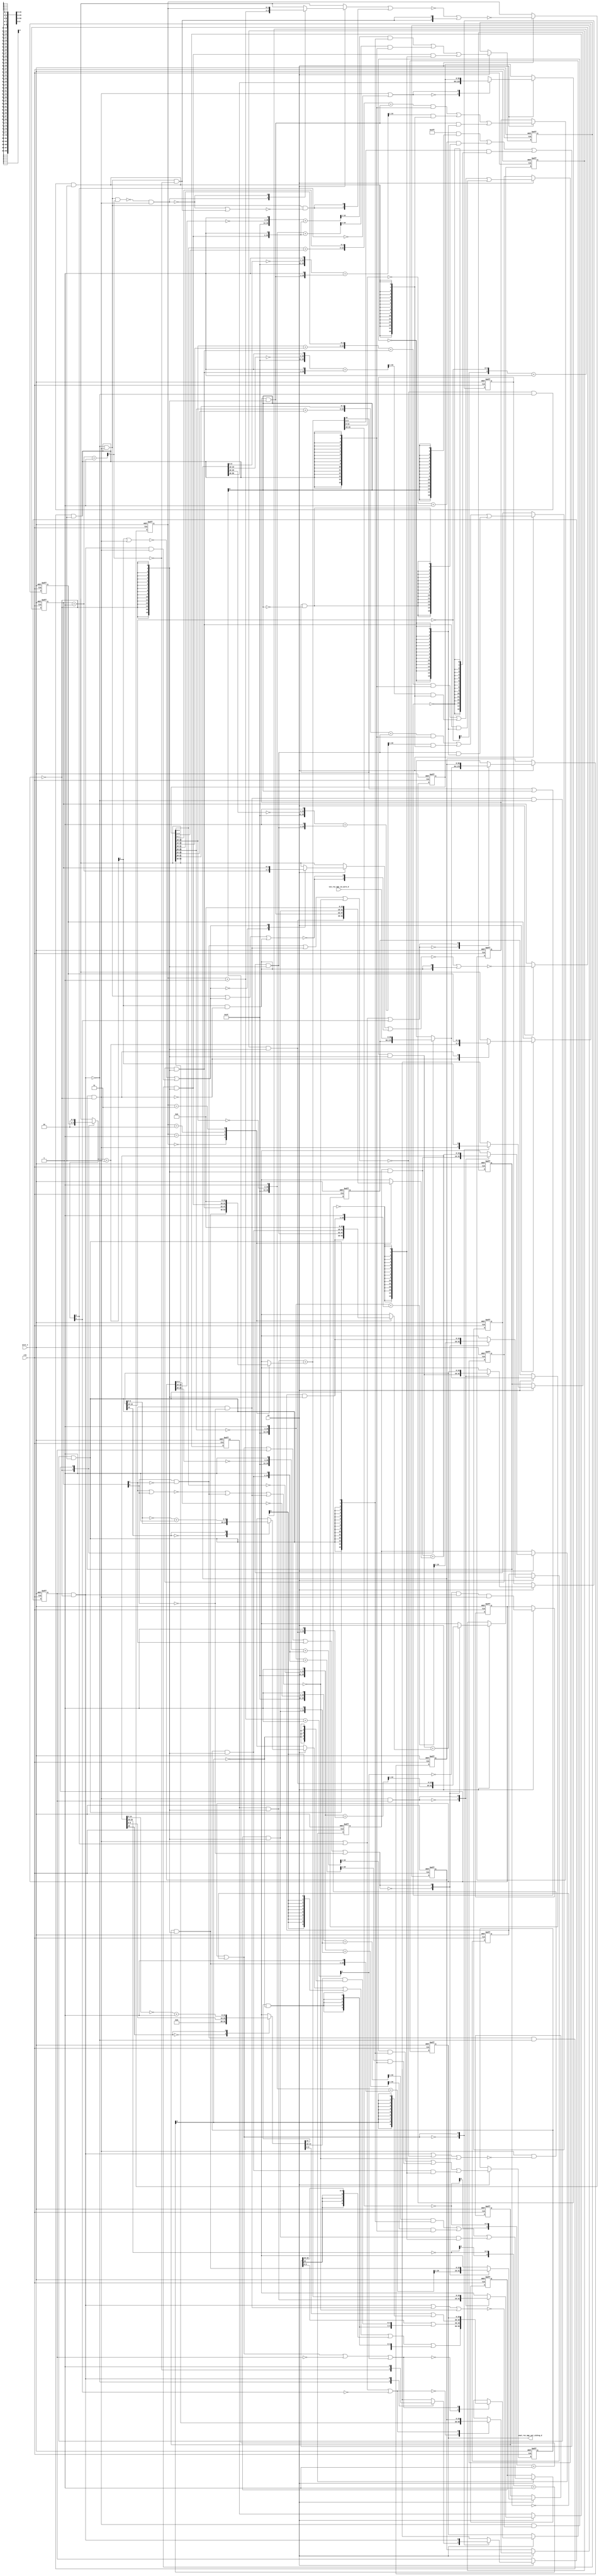
module sharpen1_core (
  clk, en, arst_n, vin_rsc_mgc_in_wire_d, vout_rsc_mgc_out_stdreg_d
);
  input clk;
  input en;
  input arst_n;
  input [89:0] vin_rsc_mgc_in_wire_d;
  output [29:0] vout_rsc_mgc_out_stdreg_d;
  reg [29:0] vout_rsc_mgc_out_stdreg_d;


  // Interconnect Declarations
  wire [15:0] ACC2_acc_3_tmp;
  wire [16:0] nl_ACC2_acc_3_tmp;
  wire [1:0] SHIFT_mux_13_tmp;
  wire or_dcpl_1;
  wire and_dcpl;
  reg [15:0] red_lpi_1;
  reg [15:0] green_lpi_1;
  reg [15:0] blue_lpi_1;
  reg [15:0] b_1_lpi_1;
  reg [15:0] b_0_lpi_1;
  reg [15:0] b_2_lpi_1;
  reg [15:0] g_1_lpi_1;
  reg [15:0] g_0_lpi_1;
  reg [15:0] g_2_lpi_1;
  reg [15:0] r_1_lpi_1;
  reg [15:0] r_0_lpi_1;
  reg [15:0] r_2_lpi_1;
  reg exit_ACC1_lpi_1;
  reg exit_SHIFT_lpi_1;
  reg [1:0] i_3_lpi_1;
  reg [1:0] i_4_lpi_1;
  reg [89:0] regs_regs_0_sva;
  reg exit_ACC2_sva;
  reg [89:0] regs_operator_din_lpi_1_dfm;
  reg [1:0] SHIFT_i_1_lpi_3;
  reg [59:0] regs_regs_1_sva_sg1;
  reg [29:0] regs_regs_2_sva_sg1;
  wire and_2_cse;
  wire [15:0] green_lpi_1_dfm_1;
  wire [15:0] g_2_lpi_1_dfm_1;
  wire [15:0] g_1_lpi_1_dfm_1;
  wire [15:0] g_0_lpi_1_dfm_1;
  wire [15:0] red_lpi_1_dfm_1;
  wire [15:0] r_2_lpi_1_dfm_1;
  wire [15:0] r_1_lpi_1_dfm_1;
  wire [15:0] r_0_lpi_1_dfm_1;
  wire SHIFT_and_20_cse_1;
  wire [15:0] red_sva_2;
  wire [16:0] nl_red_sva_2;
  wire [15:0] green_sva_2;
  wire [16:0] nl_green_sva_2;
  wire [1:0] i_4_sva;
  wire [2:0] nl_i_4_sva;
  wire exit_SHIFT_lpi_1_dfm;
  wire [1:0] SHIFT_acc_1_psp;
  wire [2:0] nl_SHIFT_acc_1_psp;
  wire or_14_cse;
  wire or_dcpl;
  wire and_dcpl_11;
  wire or_dcpl_28;
  wire and_dcpl_13;
  wire [1:0] i_3_sva;
  wire [2:0] nl_i_3_sva;
  wire exit_ACC1_lpi_1_dfm;
  wire [1:0] ACC2_acc_itm;
  wire [2:0] nl_ACC2_acc_itm;
  wire [1:0] ACC1_acc_itm;
  wire [2:0] nl_ACC1_acc_itm;
  wire [15:0] AbsAndMax_AbsAndMax_return_1_lpi_1_dfm_mx0;
  wire [15:0] AbsAndMax_AbsAndMax_return_2_lpi_1_dfm_1;
  wire AbsAndMax_1_and_seb;
  wire [15:0] blue_lpi_1_dfm;
  wire [15:0] b_2_lpi_1_dfm;
  wire [15:0] b_1_lpi_1_dfm;
  wire [15:0] b_0_lpi_1_dfm;
  wire SHIFT_nand_7_cse;
  wire SHIFT_and_22_cse;
  wire ACC1_and_10_cse;
  wire SHIFT_nand_6_cse;
  wire ACC1_and_7_cse;
  wire equal_tmp_1;
  wire nor_dfs;
  wire nor_tmp;
  wire equal_tmp;
  wire [89:0] regs_operator_din_lpi_1_dfm_mx0;
  wire [6:0] AbsAndMax_1_if_acc_itm;
  wire [7:0] nl_AbsAndMax_1_if_acc_itm;
  wire [6:0] AbsAndMax_2_if_acc_itm;
  wire [7:0] nl_AbsAndMax_2_if_acc_itm;

  wire[15:0] ACC2_mux_nl;
  wire[15:0] ACC2_mux_4_nl;
  wire[15:0] ACC2_mux_3_nl;
  wire[1:0] mux_2_nl;

  // Interconnect Declarations for Component Instantiations 
  assign or_14_cse = or_dcpl_1 | exit_ACC1_lpi_1 | (i_4_lpi_1[1]) | (~ (i_4_lpi_1[0]));
  assign ACC2_mux_nl = MUX_v_16_4_2({r_0_lpi_1_dfm_1 , r_1_lpi_1_dfm_1 , r_2_lpi_1_dfm_1
      , 16'b0}, i_3_lpi_1);
  assign nl_red_sva_2 = red_lpi_1_dfm_1 + (ACC2_mux_nl);
  assign red_sva_2 = nl_red_sva_2[15:0];
  assign AbsAndMax_AbsAndMax_return_1_lpi_1_dfm_mx0 = MUX_v_16_2_2({({6'b0 , (ACC2_acc_3_tmp[9:0])})
      , (conv_u2u_15_16(~ (ACC2_acc_3_tmp[14:0])) + 16'b1)}, ACC2_acc_3_tmp[15]);
  assign ACC2_mux_4_nl = MUX_v_16_4_2({b_0_lpi_1_dfm , b_1_lpi_1_dfm , b_2_lpi_1_dfm
      , 16'b0}, i_3_lpi_1);
  assign nl_ACC2_acc_3_tmp = blue_lpi_1_dfm + (ACC2_mux_4_nl);
  assign ACC2_acc_3_tmp = nl_ACC2_acc_3_tmp[15:0];
  assign ACC2_mux_3_nl = MUX_v_16_4_2({g_0_lpi_1_dfm_1 , g_1_lpi_1_dfm_1 , g_2_lpi_1_dfm_1
      , 16'b0}, i_3_lpi_1);
  assign nl_green_sva_2 = green_lpi_1_dfm_1 + (ACC2_mux_3_nl);
  assign green_sva_2 = nl_green_sva_2[15:0];
  assign AbsAndMax_AbsAndMax_return_2_lpi_1_dfm_1 = MUX1HOT_v_16_3_2({({6'b0 , (green_sva_2[9:0])})
      , (conv_u2u_15_16(~ (green_sva_2[14:0])) + 16'b1) , 16'b1111111111}, {(~((green_sva_2[15])
      | (AbsAndMax_2_if_acc_itm[6]))) , ((green_sva_2[15]) & (~ (AbsAndMax_2_if_acc_itm[6])))
      , (AbsAndMax_2_if_acc_itm[6])});
  assign AbsAndMax_1_and_seb = (AbsAndMax_AbsAndMax_return_1_lpi_1_dfm_mx0[15]) &
      (~ (AbsAndMax_1_if_acc_itm[6]));
  assign nl_AbsAndMax_1_if_acc_itm = conv_s2u_6_7(~ (ACC2_acc_3_tmp[15:10])) + 7'b1;
  assign AbsAndMax_1_if_acc_itm = nl_AbsAndMax_1_if_acc_itm[6:0];
  assign nl_AbsAndMax_2_if_acc_itm = conv_s2u_6_7(~ (green_sva_2[15:10])) + 7'b1;
  assign AbsAndMax_2_if_acc_itm = nl_AbsAndMax_2_if_acc_itm[6:0];
  assign nl_ACC2_acc_itm = i_3_sva + 2'b1;
  assign ACC2_acc_itm = nl_ACC2_acc_itm[1:0];
  assign nl_i_3_sva = i_3_lpi_1 + 2'b1;
  assign i_3_sva = nl_i_3_sva[1:0];
  assign blue_lpi_1_dfm = blue_lpi_1 & (signext_16_1(~ exit_ACC2_sva));
  assign b_2_lpi_1_dfm = b_2_lpi_1 & (signext_16_1(~ exit_ACC2_sva));
  assign b_1_lpi_1_dfm = b_1_lpi_1 & (signext_16_1(~ exit_ACC2_sva));
  assign b_0_lpi_1_dfm = b_0_lpi_1 & (signext_16_1(~ exit_ACC2_sva));
  assign green_lpi_1_dfm_1 = green_lpi_1 & (signext_16_1(~ exit_ACC2_sva));
  assign g_2_lpi_1_dfm_1 = g_2_lpi_1 & (signext_16_1(~ exit_ACC2_sva));
  assign g_1_lpi_1_dfm_1 = g_1_lpi_1 & (signext_16_1(~ exit_ACC2_sva));
  assign g_0_lpi_1_dfm_1 = g_0_lpi_1 & (signext_16_1(~ exit_ACC2_sva));
  assign red_lpi_1_dfm_1 = red_lpi_1 & (signext_16_1(~ exit_ACC2_sva));
  assign r_2_lpi_1_dfm_1 = r_2_lpi_1 & (signext_16_1(~ exit_ACC2_sva));
  assign r_1_lpi_1_dfm_1 = r_1_lpi_1 & (signext_16_1(~ exit_ACC2_sva));
  assign r_0_lpi_1_dfm_1 = r_0_lpi_1 & (signext_16_1(~ exit_ACC2_sva));
  assign exit_ACC1_lpi_1_dfm = exit_ACC1_lpi_1 & (~ exit_ACC2_sva);
  assign exit_SHIFT_lpi_1_dfm = exit_SHIFT_lpi_1 & (~ exit_ACC2_sva);
  assign SHIFT_and_20_cse_1 = (~ exit_ACC1_lpi_1_dfm) & exit_SHIFT_lpi_1_dfm;
  assign SHIFT_nand_7_cse = ~(exit_SHIFT_lpi_1_dfm & (~(exit_ACC1_lpi_1_dfm | nor_dfs
      | nor_tmp)));
  assign SHIFT_and_22_cse = equal_tmp & (~ exit_ACC1_lpi_1_dfm) & exit_SHIFT_lpi_1_dfm;
  assign ACC1_and_10_cse = equal_tmp_1 & (~ exit_ACC1_lpi_1_dfm) & exit_SHIFT_lpi_1_dfm;
  assign SHIFT_nand_6_cse = ~(exit_SHIFT_lpi_1_dfm & (~(exit_ACC1_lpi_1_dfm | equal_tmp_1
      | nor_tmp)));
  assign ACC1_and_7_cse = nor_dfs & (~ exit_ACC1_lpi_1_dfm) & exit_SHIFT_lpi_1_dfm;
  assign equal_tmp_1 = (i_4_lpi_1[1]) & (~ (i_4_lpi_1[0]));
  assign nor_dfs = ~(equal_tmp | equal_tmp_1 | nor_tmp);
  assign nor_tmp = ~((~((i_4_lpi_1[1]) | (i_4_lpi_1[0]))) | equal_tmp | equal_tmp_1);
  assign equal_tmp = (i_4_lpi_1[0]) & (~ (i_4_lpi_1[1]));
  assign nl_ACC1_acc_itm = i_4_sva + 2'b1;
  assign ACC1_acc_itm = nl_ACC1_acc_itm[1:0];
  assign nl_i_4_sva = i_4_lpi_1 + 2'b1;
  assign i_4_sva = nl_i_4_sva[1:0];
  assign mux_2_nl = MUX_v_2_2_2({SHIFT_i_1_lpi_3 , 2'b10}, exit_ACC2_sva);
  assign nl_SHIFT_acc_1_psp = (mux_2_nl) + 2'b11;
  assign SHIFT_acc_1_psp = nl_SHIFT_acc_1_psp[1:0];
  assign regs_operator_din_lpi_1_dfm_mx0 = MUX_v_90_2_2({regs_operator_din_lpi_1_dfm
      , vin_rsc_mgc_in_wire_d}, exit_ACC2_sva);
  assign SHIFT_mux_13_tmp = MUX_v_2_2_2({SHIFT_i_1_lpi_3 , 2'b10}, exit_ACC2_sva);
  assign or_dcpl_1 = exit_ACC2_sva | (~ exit_SHIFT_lpi_1);
  assign and_dcpl = (~ exit_ACC2_sva) & exit_SHIFT_lpi_1;
  assign and_2_cse = and_dcpl & exit_ACC1_lpi_1;
  assign or_dcpl = ~((~(SHIFT_and_20_cse_1 & (ACC1_acc_itm[1]))) & exit_SHIFT_lpi_1_dfm);
  assign and_dcpl_11 = SHIFT_and_20_cse_1 & (~ (ACC1_acc_itm[1]));
  assign or_dcpl_28 = (~((SHIFT_acc_1_psp[1]) | exit_SHIFT_lpi_1_dfm)) | (exit_ACC1_lpi_1_dfm
      & exit_SHIFT_lpi_1_dfm);
  assign and_dcpl_13 = (SHIFT_acc_1_psp[1]) & (~ exit_SHIFT_lpi_1_dfm);
  always @(posedge clk or negedge arst_n) begin
    if ( ~ arst_n ) begin
      vout_rsc_mgc_out_stdreg_d <= 30'b0;
      i_3_lpi_1 <= 2'b0;
      i_4_lpi_1 <= 2'b0;
      exit_SHIFT_lpi_1 <= 1'b0;
      exit_ACC2_sva <= 1'b1;
      exit_ACC1_lpi_1 <= 1'b0;
      SHIFT_i_1_lpi_3 <= 2'b0;
      b_2_lpi_1 <= 16'b0;
      b_1_lpi_1 <= 16'b0;
      b_0_lpi_1 <= 16'b0;
      g_2_lpi_1 <= 16'b0;
      g_1_lpi_1 <= 16'b0;
      g_0_lpi_1 <= 16'b0;
      r_2_lpi_1 <= 16'b0;
      r_1_lpi_1 <= 16'b0;
      r_0_lpi_1 <= 16'b0;
      blue_lpi_1 <= 16'b0;
      green_lpi_1 <= 16'b0;
      red_lpi_1 <= 16'b0;
      regs_regs_0_sva <= 90'b0;
      regs_regs_1_sva_sg1 <= 60'b0;
      regs_regs_2_sva_sg1 <= 30'b0;
      regs_operator_din_lpi_1_dfm <= 90'b0;
    end
    else begin
      if ( en ) begin
        vout_rsc_mgc_out_stdreg_d <= MUX_v_30_2_2({({((MUX_v_10_2_2({(red_sva_2[9:0])
            , ((~ (red_sva_2[9:0])) + 10'b1)}, red_sva_2[15])) | (signext_10_1(readslicef_7_1_6((conv_s2u_6_7(~
            (red_sva_2[15:10])) + 7'b1)))) | (signext_10_6(AbsAndMax_AbsAndMax_return_2_lpi_1_dfm_1[15:10]))
            | ({{9{AbsAndMax_1_and_seb}}, AbsAndMax_1_and_seb})) , ((AbsAndMax_AbsAndMax_return_2_lpi_1_dfm_1[9:0])
            | ({({{4{AbsAndMax_1_and_seb}}, AbsAndMax_1_and_seb}) , ((AbsAndMax_AbsAndMax_return_1_lpi_1_dfm_mx0[14:10])
            & (signext_5_1(~ (AbsAndMax_1_if_acc_itm[6]))))})) , ((AbsAndMax_AbsAndMax_return_1_lpi_1_dfm_mx0[9:0])
            | (signext_10_1(AbsAndMax_1_if_acc_itm[6])))}) , vout_rsc_mgc_out_stdreg_d},
            or_dcpl_1 | (~ exit_ACC1_lpi_1) | (ACC2_acc_itm[1]));
        i_3_lpi_1 <= ~((~((MUX_v_2_2_2({i_3_sva , i_3_lpi_1}, or_dcpl)) | (signext_2_1(SHIFT_and_20_cse_1
            & (~(or_dcpl | and_dcpl_11)))))) | ({{1{and_dcpl_11}}, and_dcpl_11}));
        i_4_lpi_1 <= ~((~((MUX_v_2_2_2({i_4_sva , i_4_lpi_1}, or_dcpl_28)) | (signext_2_1(~(SHIFT_and_20_cse_1
            | or_dcpl_28 | and_dcpl_13))))) | ({{1{and_dcpl_13}}, and_dcpl_13}));
        exit_SHIFT_lpi_1 <= MUX_s_1_2_2({exit_SHIFT_lpi_1_dfm , (SHIFT_acc_1_psp[1])},
            or_dcpl_1);
        exit_ACC2_sva <= (~ (ACC2_acc_itm[1])) & exit_ACC1_lpi_1_dfm & exit_SHIFT_lpi_1_dfm;
        exit_ACC1_lpi_1 <= MUX_s_1_2_2({(MUX_s_1_2_2({(~ (ACC1_acc_itm[1])) , exit_ACC1_lpi_1_dfm},
            exit_ACC1_lpi_1_dfm)) , exit_ACC1_lpi_1_dfm}, or_dcpl_1);
        SHIFT_i_1_lpi_3 <= MUX_v_2_2_2({SHIFT_acc_1_psp , SHIFT_i_1_lpi_3}, and_dcpl);
        b_2_lpi_1 <= MUX1HOT_v_16_3_2({b_2_lpi_1_dfm , (readslicef_17_16_1((conv_s2s_12_17({1'b1
            , (~ (regs_regs_1_sva_sg1[9:0])) , 1'b1}) + ({b_2_lpi_1_dfm , 1'b1}))))
            , (readslicef_17_16_1((conv_s2s_12_17({1'b1 , (~ (regs_regs_2_sva_sg1[9:0]))
            , 1'b1}) + ({b_2_lpi_1_dfm , 1'b1}))))}, {SHIFT_nand_7_cse , SHIFT_and_22_cse
            , ACC1_and_10_cse});
        b_1_lpi_1 <= MUX1HOT_v_16_3_2({b_1_lpi_1_dfm , (readslicef_17_16_1((conv_s2s_12_17({1'b1
            , (~ (regs_regs_0_sva[9:0])) , 1'b1}) + ({b_1_lpi_1_dfm , 1'b1})))) ,
            (conv_u2s_13_16({(conv_u2u_10_11(regs_regs_1_sva_sg1[9:0]) + conv_u2u_8_11(regs_regs_1_sva_sg1[9:2]))
            , (regs_regs_1_sva_sg1[1:0])}) + b_1_lpi_1_dfm)}, {SHIFT_nand_6_cse ,
            ACC1_and_7_cse , SHIFT_and_22_cse});
        b_0_lpi_1 <= MUX_v_16_2_2({(readslicef_17_16_1((conv_s2s_12_17({1'b1 , (~
            (regs_regs_1_sva_sg1[9:0])) , 1'b1}) + ({b_0_lpi_1_dfm , 1'b1})))) ,
            b_0_lpi_1_dfm}, or_14_cse);
        g_2_lpi_1 <= MUX1HOT_v_16_3_2({g_2_lpi_1_dfm_1 , (readslicef_17_16_1((conv_s2s_12_17({1'b1
            , (~ (regs_regs_1_sva_sg1[19:10])) , 1'b1}) + ({g_2_lpi_1_dfm_1 , 1'b1}))))
            , (readslicef_17_16_1((conv_s2s_12_17({1'b1 , (~ (regs_regs_2_sva_sg1[19:10]))
            , 1'b1}) + ({g_2_lpi_1_dfm_1 , 1'b1}))))}, {SHIFT_nand_7_cse , SHIFT_and_22_cse
            , ACC1_and_10_cse});
        g_1_lpi_1 <= MUX1HOT_v_16_3_2({g_1_lpi_1_dfm_1 , (readslicef_17_16_1((conv_s2s_12_17({1'b1
            , (~ (regs_regs_0_sva[19:10])) , 1'b1}) + ({g_1_lpi_1_dfm_1 , 1'b1}))))
            , (conv_u2s_13_16({(conv_u2u_10_11(regs_regs_1_sva_sg1[19:10]) + conv_u2u_8_11(regs_regs_1_sva_sg1[19:12]))
            , (regs_regs_1_sva_sg1[11:10])}) + g_1_lpi_1_dfm_1)}, {SHIFT_nand_6_cse
            , ACC1_and_7_cse , SHIFT_and_22_cse});
        g_0_lpi_1 <= MUX_v_16_2_2({(readslicef_17_16_1((conv_s2s_12_17({1'b1 , (~
            (regs_regs_1_sva_sg1[19:10])) , 1'b1}) + ({g_0_lpi_1_dfm_1 , 1'b1}))))
            , g_0_lpi_1_dfm_1}, or_14_cse);
        r_2_lpi_1 <= MUX1HOT_v_16_3_2({r_2_lpi_1_dfm_1 , (readslicef_17_16_1((conv_s2s_12_17({1'b1
            , (~ (regs_regs_1_sva_sg1[29:20])) , 1'b1}) + ({r_2_lpi_1_dfm_1 , 1'b1}))))
            , (readslicef_17_16_1((conv_s2s_12_17({1'b1 , (~ (regs_regs_2_sva_sg1[29:20]))
            , 1'b1}) + ({r_2_lpi_1_dfm_1 , 1'b1}))))}, {SHIFT_nand_7_cse , SHIFT_and_22_cse
            , ACC1_and_10_cse});
        r_1_lpi_1 <= MUX1HOT_v_16_3_2({r_1_lpi_1_dfm_1 , (readslicef_17_16_1((conv_s2s_12_17({1'b1
            , (~ (regs_regs_0_sva[29:20])) , 1'b1}) + ({r_1_lpi_1_dfm_1 , 1'b1}))))
            , (conv_u2s_13_16({(conv_u2u_10_11(regs_regs_1_sva_sg1[29:20]) + conv_u2u_8_11(regs_regs_1_sva_sg1[29:22]))
            , (regs_regs_1_sva_sg1[21:20])}) + r_1_lpi_1_dfm_1)}, {SHIFT_nand_6_cse
            , ACC1_and_7_cse , SHIFT_and_22_cse});
        r_0_lpi_1 <= MUX_v_16_2_2({(readslicef_17_16_1((conv_s2s_12_17({1'b1 , (~
            (regs_regs_1_sva_sg1[29:20])) , 1'b1}) + ({r_0_lpi_1_dfm_1 , 1'b1}))))
            , r_0_lpi_1_dfm_1}, or_14_cse);
        blue_lpi_1 <= MUX_v_16_2_2({blue_lpi_1_dfm , ACC2_acc_3_tmp}, and_2_cse);
        green_lpi_1 <= MUX_v_16_2_2({green_lpi_1_dfm_1 , green_sva_2}, and_2_cse);
        red_lpi_1 <= MUX_v_16_2_2({red_lpi_1_dfm_1 , red_sva_2}, and_2_cse);
        regs_regs_0_sva <= MUX_v_90_2_2({regs_operator_din_lpi_1_dfm_mx0 , regs_regs_0_sva},
            and_dcpl | (SHIFT_mux_13_tmp[0]) | (SHIFT_mux_13_tmp[1]));
        regs_regs_1_sva_sg1 <= MUX_v_60_2_2({(regs_regs_0_sva[89:30]) , regs_regs_1_sva_sg1},
            and_dcpl | (~ (SHIFT_mux_13_tmp[0])));
        regs_regs_2_sva_sg1 <= MUX_v_30_2_2({(regs_regs_1_sva_sg1[59:30]) , regs_regs_2_sva_sg1},
            and_dcpl | (SHIFT_mux_13_tmp[0]) | (~ (SHIFT_mux_13_tmp[1])));
        regs_operator_din_lpi_1_dfm <= regs_operator_din_lpi_1_dfm_mx0;
      end
    end
  end

  function [15:0] MUX_v_16_4_2;
    input [63:0] inputs;
    input [1:0] sel;
    reg [15:0] result;
  begin
    case (sel)
      2'b00 : begin
        result = inputs[63:48];
      end
      2'b01 : begin
        result = inputs[47:32];
      end
      2'b10 : begin
        result = inputs[31:16];
      end
      2'b11 : begin
        result = inputs[15:0];
      end
      default : begin
        result = inputs[63:48];
      end
    endcase
    MUX_v_16_4_2 = result;
  end
  endfunction


  function [15:0] MUX_v_16_2_2;
    input [31:0] inputs;
    input [0:0] sel;
    reg [15:0] result;
  begin
    case (sel)
      1'b0 : begin
        result = inputs[31:16];
      end
      1'b1 : begin
        result = inputs[15:0];
      end
      default : begin
        result = inputs[31:16];
      end
    endcase
    MUX_v_16_2_2 = result;
  end
  endfunction


  function [15:0] MUX1HOT_v_16_3_2;
    input [47:0] inputs;
    input [2:0] sel;
    reg [15:0] result;
    integer i;
  begin
    result = inputs[0+:16] & {16{sel[0]}};
    for( i = 1; i < 3; i = i + 1 )
      result = result | (inputs[i*16+:16] & {16{sel[i]}});
    MUX1HOT_v_16_3_2 = result;
  end
  endfunction


  function [15:0] signext_16_1;
    input [0:0] vector;
  begin
    signext_16_1= {{15{vector[0]}}, vector};
  end
  endfunction


  function [1:0] MUX_v_2_2_2;
    input [3:0] inputs;
    input [0:0] sel;
    reg [1:0] result;
  begin
    case (sel)
      1'b0 : begin
        result = inputs[3:2];
      end
      1'b1 : begin
        result = inputs[1:0];
      end
      default : begin
        result = inputs[3:2];
      end
    endcase
    MUX_v_2_2_2 = result;
  end
  endfunction


  function [89:0] MUX_v_90_2_2;
    input [179:0] inputs;
    input [0:0] sel;
    reg [89:0] result;
  begin
    case (sel)
      1'b0 : begin
        result = inputs[179:90];
      end
      1'b1 : begin
        result = inputs[89:0];
      end
      default : begin
        result = inputs[179:90];
      end
    endcase
    MUX_v_90_2_2 = result;
  end
  endfunction


  function [29:0] MUX_v_30_2_2;
    input [59:0] inputs;
    input [0:0] sel;
    reg [29:0] result;
  begin
    case (sel)
      1'b0 : begin
        result = inputs[59:30];
      end
      1'b1 : begin
        result = inputs[29:0];
      end
      default : begin
        result = inputs[59:30];
      end
    endcase
    MUX_v_30_2_2 = result;
  end
  endfunction


  function [9:0] MUX_v_10_2_2;
    input [19:0] inputs;
    input [0:0] sel;
    reg [9:0] result;
  begin
    case (sel)
      1'b0 : begin
        result = inputs[19:10];
      end
      1'b1 : begin
        result = inputs[9:0];
      end
      default : begin
        result = inputs[19:10];
      end
    endcase
    MUX_v_10_2_2 = result;
  end
  endfunction


  function [0:0] readslicef_7_1_6;
    input [6:0] vector;
    reg [6:0] tmp;
  begin
    tmp = vector >> 6;
    readslicef_7_1_6 = tmp[0:0];
  end
  endfunction


  function [9:0] signext_10_1;
    input [0:0] vector;
  begin
    signext_10_1= {{9{vector[0]}}, vector};
  end
  endfunction


  function [9:0] signext_10_6;
    input [5:0] vector;
  begin
    signext_10_6= {{4{vector[5]}}, vector};
  end
  endfunction


  function [4:0] signext_5_1;
    input [0:0] vector;
  begin
    signext_5_1= {{4{vector[0]}}, vector};
  end
  endfunction


  function [1:0] signext_2_1;
    input [0:0] vector;
  begin
    signext_2_1= {{1{vector[0]}}, vector};
  end
  endfunction


  function [0:0] MUX_s_1_2_2;
    input [1:0] inputs;
    input [0:0] sel;
    reg [0:0] result;
  begin
    case (sel)
      1'b0 : begin
        result = inputs[1:1];
      end
      1'b1 : begin
        result = inputs[0:0];
      end
      default : begin
        result = inputs[1:1];
      end
    endcase
    MUX_s_1_2_2 = result;
  end
  endfunction


  function [15:0] readslicef_17_16_1;
    input [16:0] vector;
    reg [16:0] tmp;
  begin
    tmp = vector >> 1;
    readslicef_17_16_1 = tmp[15:0];
  end
  endfunction


  function [59:0] MUX_v_60_2_2;
    input [119:0] inputs;
    input [0:0] sel;
    reg [59:0] result;
  begin
    case (sel)
      1'b0 : begin
        result = inputs[119:60];
      end
      1'b1 : begin
        result = inputs[59:0];
      end
      default : begin
        result = inputs[119:60];
      end
    endcase
    MUX_v_60_2_2 = result;
  end
  endfunction


  function  [15:0] conv_u2u_15_16 ;
    input [14:0]  vector ;
  begin
    conv_u2u_15_16 = {1'b0, vector};
  end
  endfunction


  function  [6:0] conv_s2u_6_7 ;
    input signed [5:0]  vector ;
  begin
    conv_s2u_6_7 = {vector[5], vector};
  end
  endfunction


  function signed [16:0] conv_s2s_12_17 ;
    input signed [11:0]  vector ;
  begin
    conv_s2s_12_17 = {{5{vector[11]}}, vector};
  end
  endfunction


  function signed [15:0] conv_u2s_13_16 ;
    input [12:0]  vector ;
  begin
    conv_u2s_13_16 = {{3{1'b0}}, vector};
  end
  endfunction


  function  [10:0] conv_u2u_10_11 ;
    input [9:0]  vector ;
  begin
    conv_u2u_10_11 = {1'b0, vector};
  end
  endfunction


  function  [10:0] conv_u2u_8_11 ;
    input [7:0]  vector ;
  begin
    conv_u2u_8_11 = {{3{1'b0}}, vector};
  end
  endfunction

endmodule
module sharpen1 (
  vin_rsc_z, vout_rsc_z, clk, en, arst_n
);
  input [89:0] vin_rsc_z;
  output [29:0] vout_rsc_z;
  input clk;
  input en;
  input arst_n;


  // Interconnect Declarations
  wire [89:0] vin_rsc_mgc_in_wire_d;
  wire [29:0] vout_rsc_mgc_out_stdreg_d;


  // Interconnect Declarations for Component Instantiations 
  mgc_in_wire #(.rscid(1),
  .width(90)) vin_rsc_mgc_in_wire (
      .d(vin_rsc_mgc_in_wire_d),
      .z(vin_rsc_z)
    );
  mgc_out_stdreg #(.rscid(2),
  .width(30)) vout_rsc_mgc_out_stdreg (
      .d(vout_rsc_mgc_out_stdreg_d),
      .z(vout_rsc_z)
    );
  sharpen1_core sharpen1_core_inst (
      .clk(clk),
      .en(en),
      .arst_n(arst_n),
      .vin_rsc_mgc_in_wire_d(vin_rsc_mgc_in_wire_d),
      .vout_rsc_mgc_out_stdreg_d(vout_rsc_mgc_out_stdreg_d)
    );
endmodule